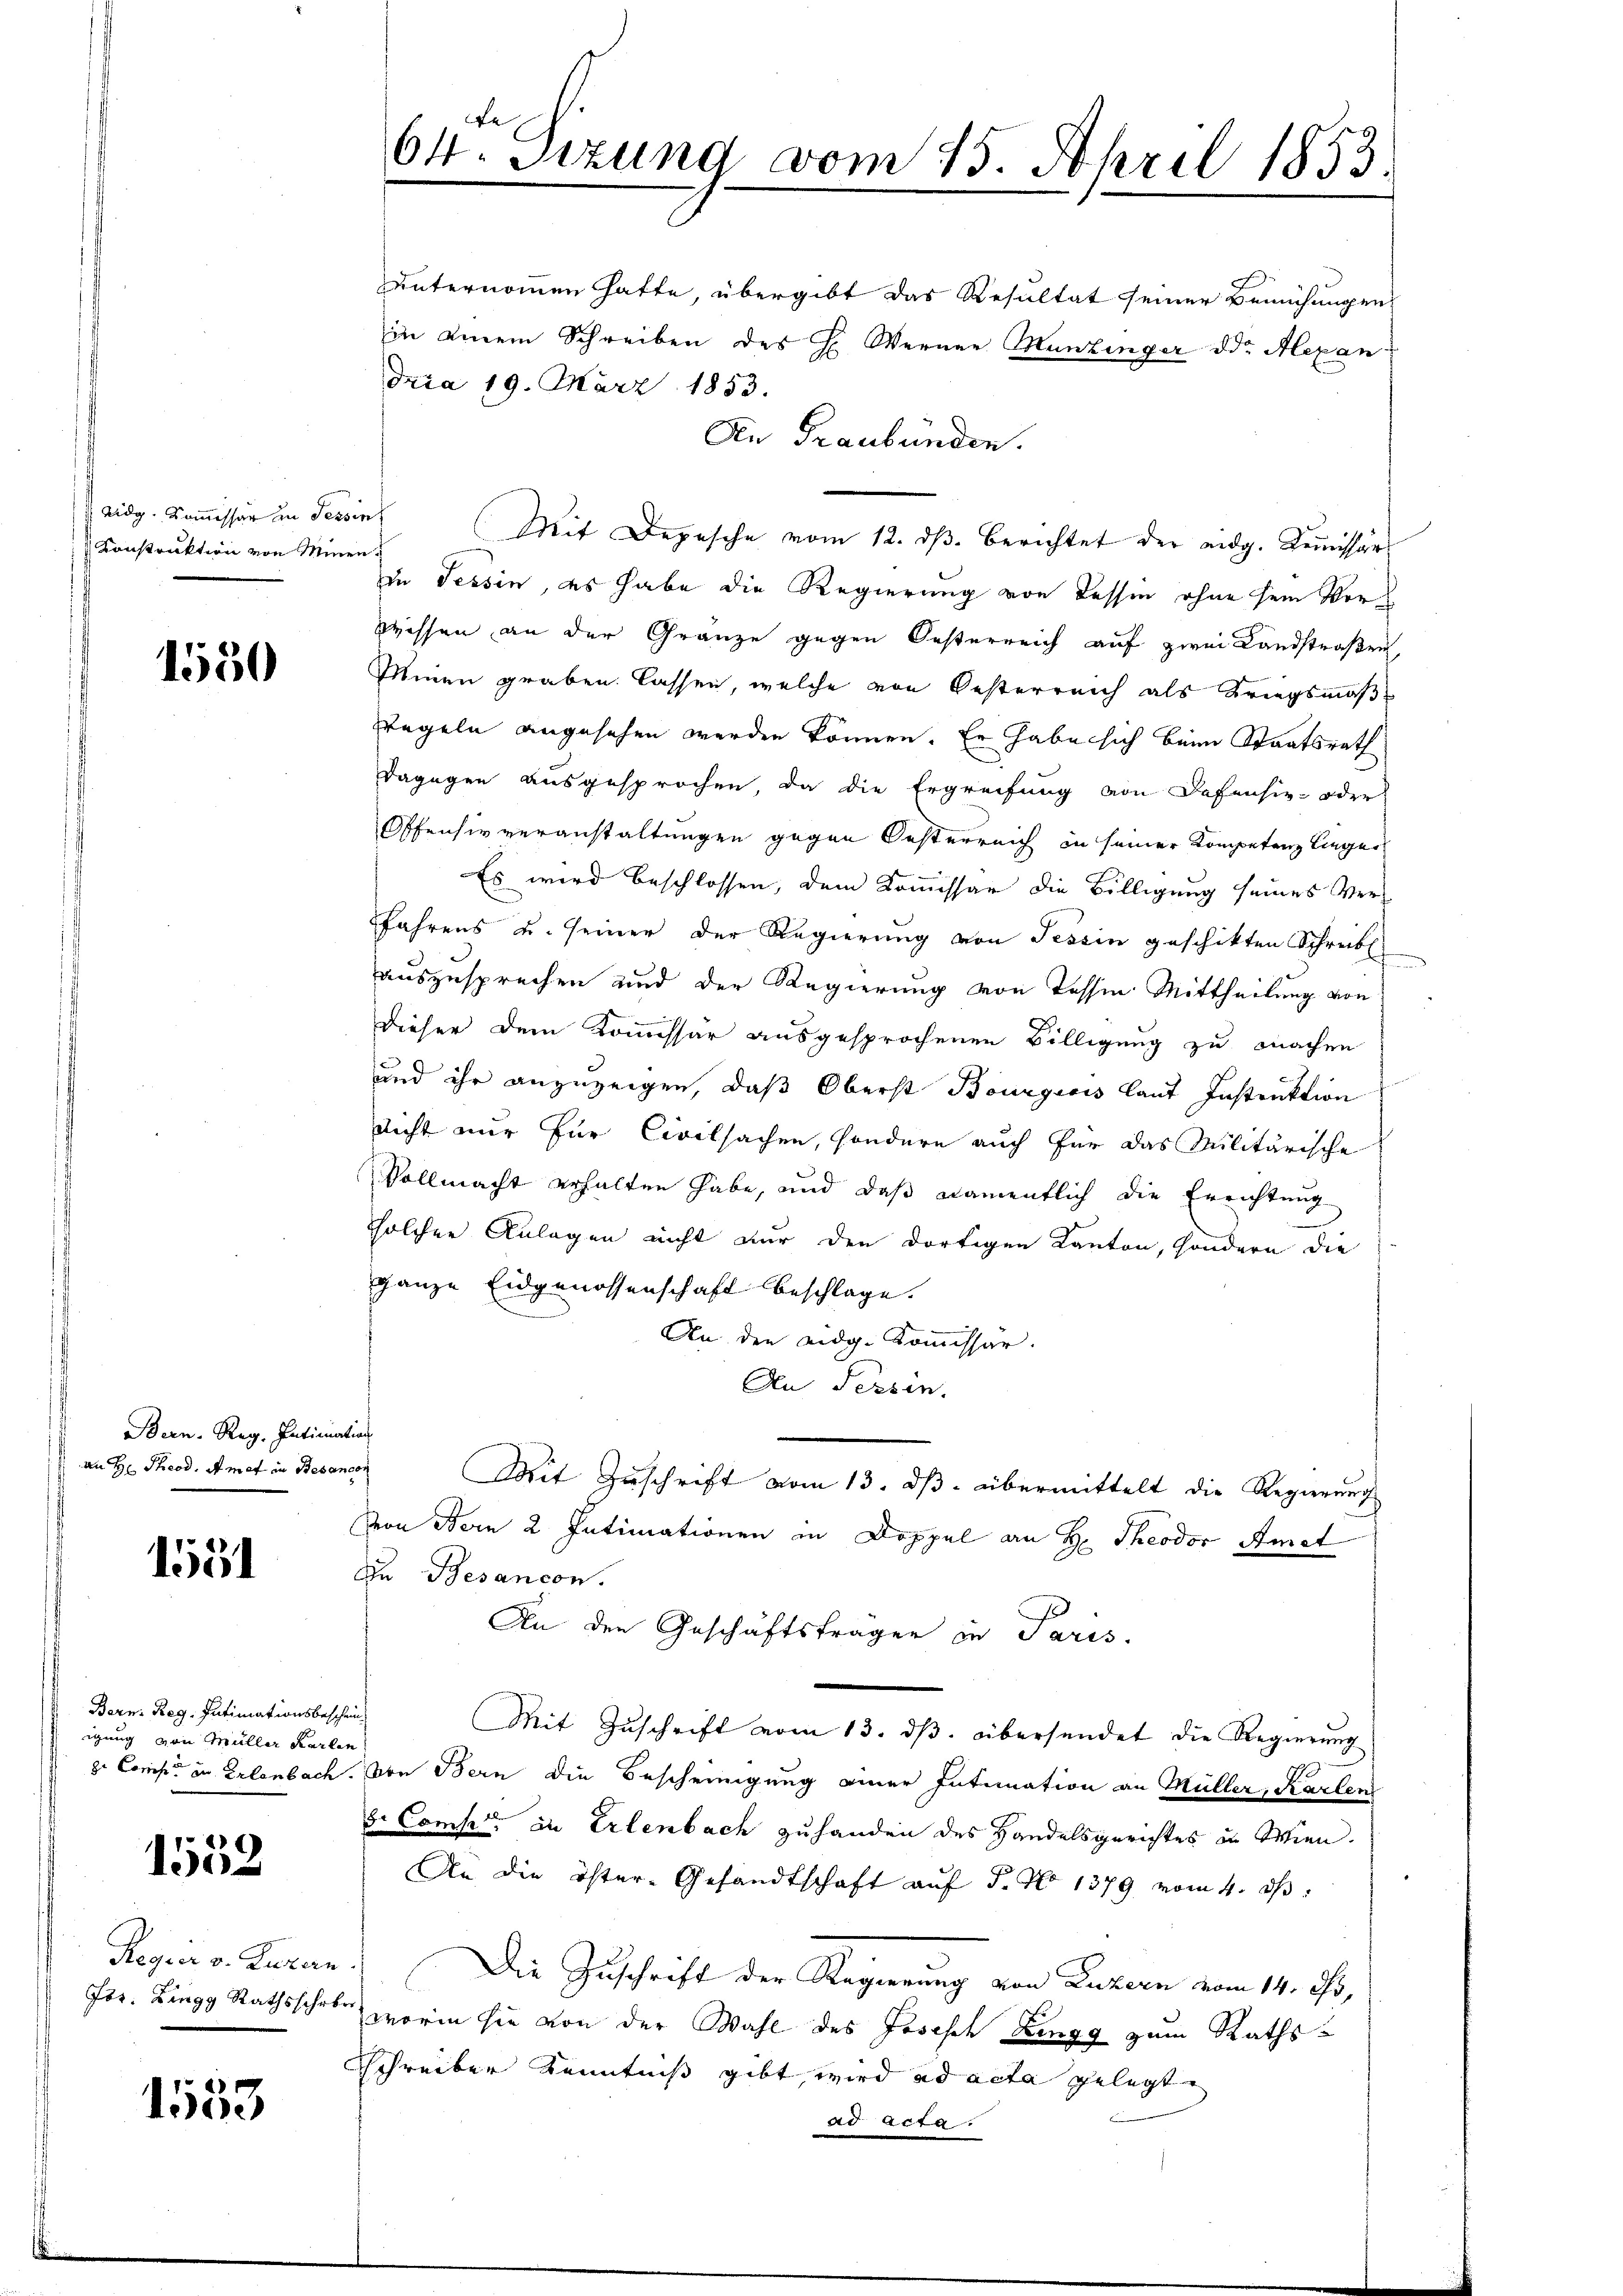
Aidg. Kommissär in Pers
Konstruktion von Min

1550

Bern. Reg. Intimation
an Hr. Theod. M. met in Besancon

551

Bern. Reg. Intimationsbeschein
igung von Müller Karlin
z. Const in Erlenbach.

1552

Regier v. Luzern
Jos. Zingg Rathsschrb

1553

64. Sizung vom 15. April 1853.

unternommen hatte übergibt das Resultat seiner Bemühungen
in einem Schreiben des H. Werner Munzinger ddr Alexan
dria 19. März 1853.
An Graubünden.
in (Mit Depesche vom 12. dβ. Berichtet der eidg. Komissärs
e
in Tessin, es habe die Regierung von dessen ohne sein Vorwissen an der Gränze gegen Oesterreich auf zwei Landstraßen,
Minen graben lassen, welche von Oesterreich als Kriegsmaß
Tegeln angesehen werden können. Er habe sich beim Staatsrath
dagegen ausgesprochen, da die Ergreifung von Defensiv- oder
Offensiv veranstaltungen gegen Oesterreich in seiner Kompetenz liegen
Es wird beschlossen, dem Kommissär die Billigung seines Verfahrens u. seiner der Regierung von Tessin geschikten Schreibe
auszusprechen und der Regierung von Tessin Mittheilung von
dieser dem Kommissar ausgesprochenen Billigung zu machen
und ihr anzuzeigen, daß Oberst Bourgicis laut Instruktion
Richt nur zur Civilsachen, sondern auch für das Militärische
Vollmacht erhalten habe, und daß namentlich die Errichtung
solchen Anlagen nicht nur den dortigen Kanton, sondern die
ganze Eidgenossenschaft beschlage.
An den eidg. Kommissar.
An Persen.
Mit Zuschrift vom 13. ds. übermittelt die Regierung
Von Bern 2 Intimationen in Doppel an H. Theodor Amat
In Besancon.
An den Geschäftsfragen in Paris.
Mit Zuschrift vom 13. dβ. übersendet die Regierung
von Bern die Bescheinigung einer Intimation an Müller, Karten
b. Comp. in Erlenbach zu handen des Handelsgerichtes in Wien.
An die öster-Gesandtschaft aŭf S. No 1379 vom 4. dβ:
Die Zuschrift der Regierung von Luzern vom 14. Oh,
worin sie von der Wahl des Joseph Zingg zum Raths¬
Schreiber Kenntniß gibt, wird ad acta gelegt.
ad acta.